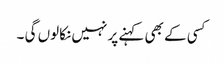
کسی کے بھی کہنے پر نہیں نکالوں گی ۔